Annual report of the Civil Veterinary Department, Bengal, and of the Bengal Veterinary College for the year 1904-1905 - 1904-1905
Year: 1904
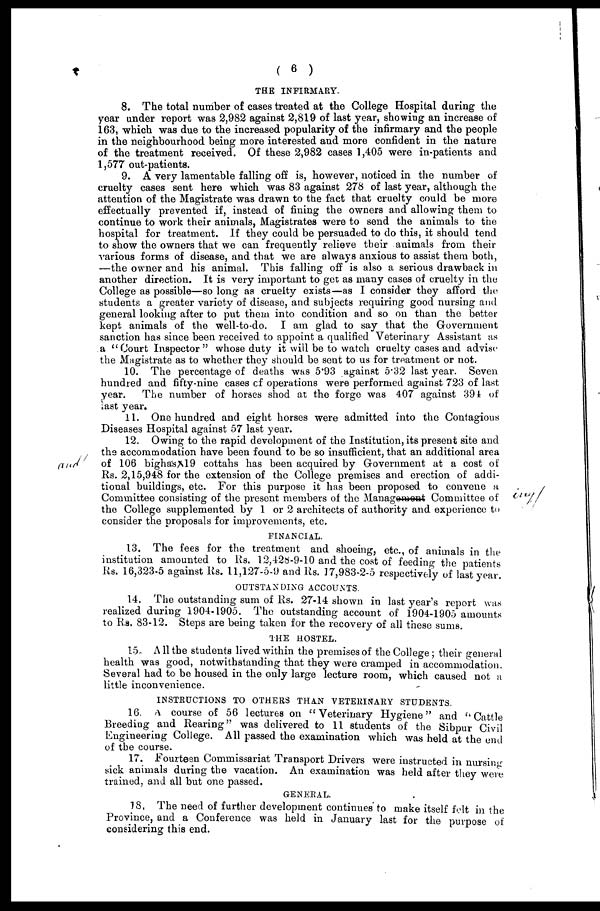
( 6 )
THE INFIRMARY.
8. The total number of cases treated at the College Hospital during the
year under report was 2,982 against 2,819 of last year, showing an increase of
163, which was due to the increased popularity of the infirmary and the people
in the neighbourhood being more interested and more confident in the nature
of the treatment received. Of these 2,982 cases 1,405 were in-patients and
1,577 out-patients.
9. A very lamentable falling off is, however, noticed in the number of
cruelty cases sent here which was 83 against 278 of last year, although the
attention of the Magistrate was drawn to the fact that cruelty could be more
effectually prevented if, instead of fining the owners and allowing them to
continue to work their animals, Magistrates were to send the animals to the
hospital for treatment. If they could be persuaded to do this, it should tend
to show the owners that we can frequently relieve their animals from their
various forms of disease, and that we are always anxious to assist them both,
—the owner and his animal. This falling off is also a serious drawback in
another direction. It is very important to get as many cases of cruelty in the
College as possible—so long as cruelty exists—as I consider they afford the
students a greater variety of disease, and subjects requiring good nursing and
general looking after to put them into condition and so on than the better
kept animals of the well-to-do. I am glad to say that the Government
sanction has since been received to appoint a qualified Veterinary Assistant as
a "Court Inspector" whose duty it will be to watch cruelty cases and advise
the Magistrate as to whether they should be sent to us for treatment or not.
10. The percentage of deaths was 5.93 against 5.32 last year. Seven
hundred and fifty-nine cases of operations were performed against 723 of last
year. The number of horses shod at the forge was 407 against 391 of
last year.
11. One hundred and eight horses were admitted into the Contagious
Diseases Hospital against 57 last year.
12. Owing to the rapid development of the Institution, its present site and
the accommodation have been found to be so insufficient, that an additional area
of 106 bighasX19 cottahs has been acquired by Government at a cost of
Rs. 2,15,948 for the extension of the College premises and erection of addi-
tional buildings, etc. For this purpose it has been proposed to convene a
Committee consisting of the present members of the Management Committee of
the College supplemented by 1 or 2 architects of authority and experience to
consider the proposals for improvements, etc.
FINANCIAL.
13. The fees for the treatment and shoeing, etc., of animals in the
institution amounted to Rs. 12,428-9-10 and the cost of feeding the patients
Rs. 16,323-5 against Rs. 11,127-5-9 and Rs. 17,983-2-5 respectively of last year.
OUTSTANDING ACCOUNTS.
14. The outstanding sum of Rs. 27-14 shown in last year's report was
realized during 1904-1905. The outstanding account of 1904-1905 amounts
to Rs. 83-12. Steps are being taken for the recovery of all these sums.
THE HOSTEL.
15. All the students lived within the premises of the College ; their general
health was good, notwithstanding that they were cramped in accommodation.
Several had to be housed in the only large lecture room, which caused not a
little inconvenience.
INSTRUCTIONS TO OTHERS THAN VETERINARY STUDENTS.
16. A course of 56 lectures on "Veterinary Hygiene" and "Cattle
Breeding and Rearing" was delivered to 11 students of the Sibpur Civil
Engineering College. All passed the examination which was held at the end
of the course.
17. Fourteen Commissariat Transport Drivers were instructed in nursing
sick animals during the vacation. An examination was held after they were
trained, and all but one passed.
GENERAL.
18. The need of further development continues to make itself felt in the
Province, and a Conference was held in January last for the purpose of
considering this end.